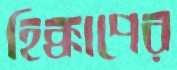
হিক্কাপের